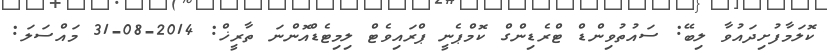
ކޮލަމާފުށިދައުވާ ލިބޭ: ސައުތުވިންޑް ޓްރެޑިންގް ކޮމްޕެނީ ޕްރައިވެޓް ލިމިޓެޑްއޮންނަ ތާރީޚް: 2014-08-31 މައްސަލަ: